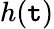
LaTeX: h(\mathtt{t})